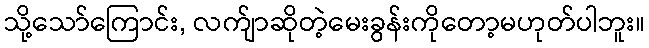
သို့သော်ကြောင်း, လက်ျာဆိုတဲ့မေးခွန်းကိုတော့မဟုတ်ပါဘူး။